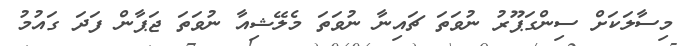
މިސާލަކަށް ސިންގަޕޫރު ނުވަތަ ޗައިނާ ނުވަތަ މެލޭޝިއާ ނުވަތަ ޖަޕާން ފަދަ ގައުމު